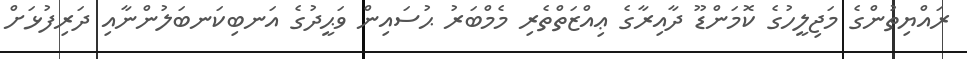
ރައްޔިތުންގެ މަޖިލީހުގެ ކޮމަންޑޫ ދާއިރާގެ ޢިއްޒަތްތެރި މެމްބަރު ޙުސައިން ވަޙީދުގެ އަނބިކަނބަލުންނާއި ދަރިފުޅަށް